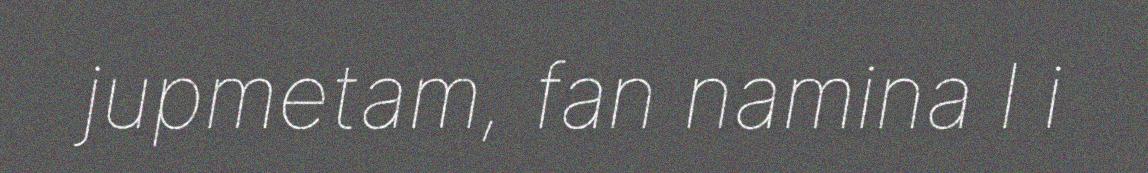
jupmetam, fan namina l i